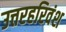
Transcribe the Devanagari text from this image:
उत्तरहरिवंश